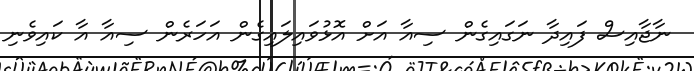
ނާޖާއިސް ފައިދާ ނަގައިގެން ސިއާ އަށް އޮޅުވައިލައިގެން އަހަރެން ސިއާ އާ ކައިވެނި